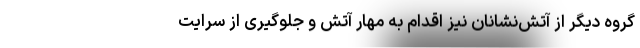
گروه دیگر از آتش‌نشانان نیز اقدام به مهار آتش‌ و جلوگیری از سرایت